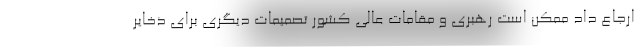
ارجاع داد ممکن است رهبری و مقامات عالی کشور تصمیمات دیگری برای ذخایر